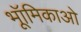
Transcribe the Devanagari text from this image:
भूॉमिकाओ